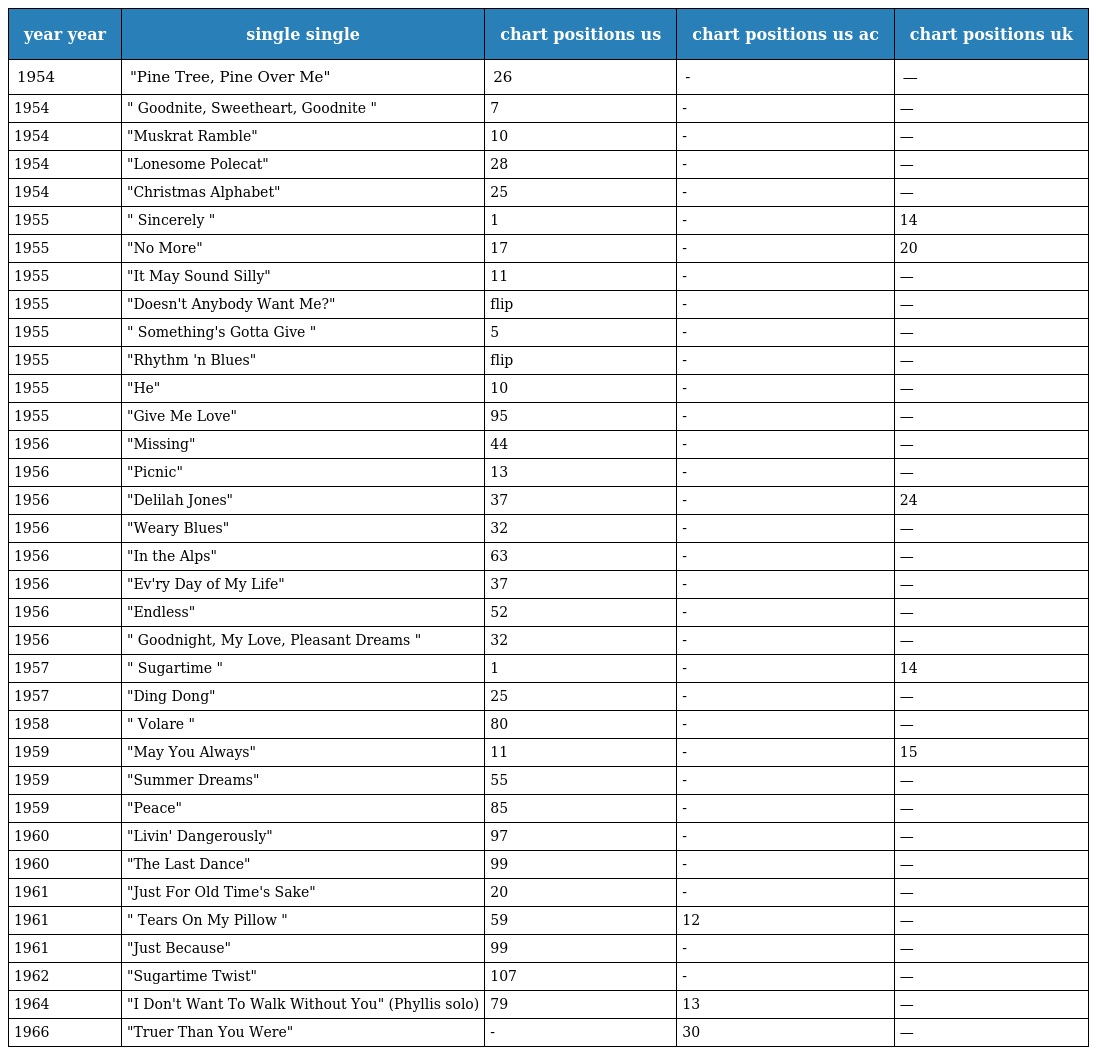
| year year | single single | chart positions us | chart positions us ac | chart positions uk |
 | --- | --- | --- | --- | --- |
 | 1954 | "Pine Tree, Pine Over Me" | 26 | - | — |
 | 1954 | " Goodnite, Sweetheart, Goodnite " | 7 | - | — |
 | 1954 | "Muskrat Ramble" | 10 | - | — |
 | 1954 | "Lonesome Polecat" | 28 | - | — |
 | 1954 | "Christmas Alphabet" | 25 | - | — |
 | 1955 | " Sincerely " | 1 | - | 14 |
 | 1955 | "No More" | 17 | - | 20 |
 | 1955 | "It May Sound Silly" | 11 | - | — |
 | 1955 | "Doesn't Anybody Want Me?" | flip | - | — |
 | 1955 | " Something's Gotta Give " | 5 | - | — |
 | 1955 | "Rhythm 'n Blues" | flip | - | — |
 | 1955 | "He" | 10 | - | — |
 | 1955 | "Give Me Love" | 95 | - | — |
 | 1956 | "Missing" | 44 | - | — |
 | 1956 | "Picnic" | 13 | - | — |
 | 1956 | "Delilah Jones" | 37 | - | 24 |
 | 1956 | "Weary Blues" | 32 | - | — |
 | 1956 | "In the Alps" | 63 | - | — |
 | 1956 | "Ev'ry Day of My Life" | 37 | - | — |
 | 1956 | "Endless" | 52 | - | — |
 | 1956 | " Goodnight, My Love, Pleasant Dreams " | 32 | - | — |
 | 1957 | " Sugartime " | 1 | - | 14 |
 | 1957 | "Ding Dong" | 25 | - | — |
 | 1958 | " Volare " | 80 | - | — |
 | 1959 | "May You Always" | 11 | - | 15 |
 | 1959 | "Summer Dreams" | 55 | - | — |
 | 1959 | "Peace" | 85 | - | — |
 | 1960 | "Livin' Dangerously" | 97 | - | — |
 | 1960 | "The Last Dance" | 99 | - | — |
 | 1961 | "Just For Old Time's Sake" | 20 | - | — |
 | 1961 | " Tears On My Pillow " | 59 | 12 | — |
 | 1961 | "Just Because" | 99 | - | — |
 | 1962 | "Sugartime Twist" | 107 | - | — |
 | 1964 | "I Don't Want To Walk Without You" (Phyllis solo) | 79 | 13 | — |
 | 1966 | "Truer Than You Were" | - | 30 | — |